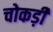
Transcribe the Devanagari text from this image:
चोकड़ी